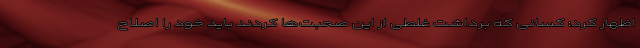
اظهار کرد: کسانی که برداشت غلطی از این صحبت‌ها کردند باید خود را اصلاح